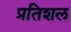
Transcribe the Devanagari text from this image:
प्रतिशल